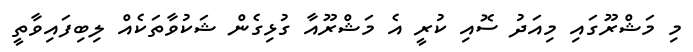
މި މަޝްރޫގައި މިއަދު ސޮއި ކުރީ އެ މަޝްރޫއާ ގުޅިގެން ޝަކުވާތަކެއް ލިބިފައިވާތީ